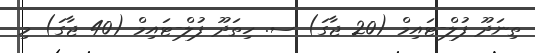
ތިނަދޫ ފުލް-ޓައިމް (20 ޖާގަ) ސ. ހިތަދޫ ފުލް-ޓައިމް (40 ޖާގަ) މި